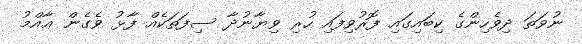
ނުވަތަ ދިވެހިންގެ ކިބައިގައި ފޮރުވިފައި ހުރި ވިޔާނުދާ ސިފަތަކެއް ފާޅު ވެގެން ޢާއްމު